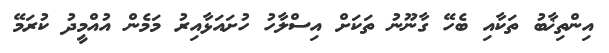
އިންތިޚާބު ތަކާއި ބެހޭ ގާނޫނު ތަކަށް އިސްލާހު ހުށައަޅާއިރު މަމެން އުއްމީދު ކުރަމޭ